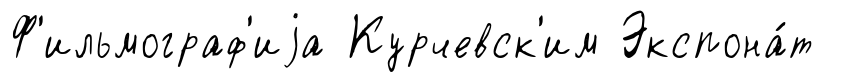
Ф'ильмограф'иjа Курчевск'им Экспона́т